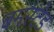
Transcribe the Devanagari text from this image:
बमस्टेड